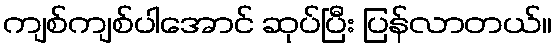
ကျစ်ကျစ်ပါအောင် ဆုပ်ပြီး ပြန်လာတယ်။